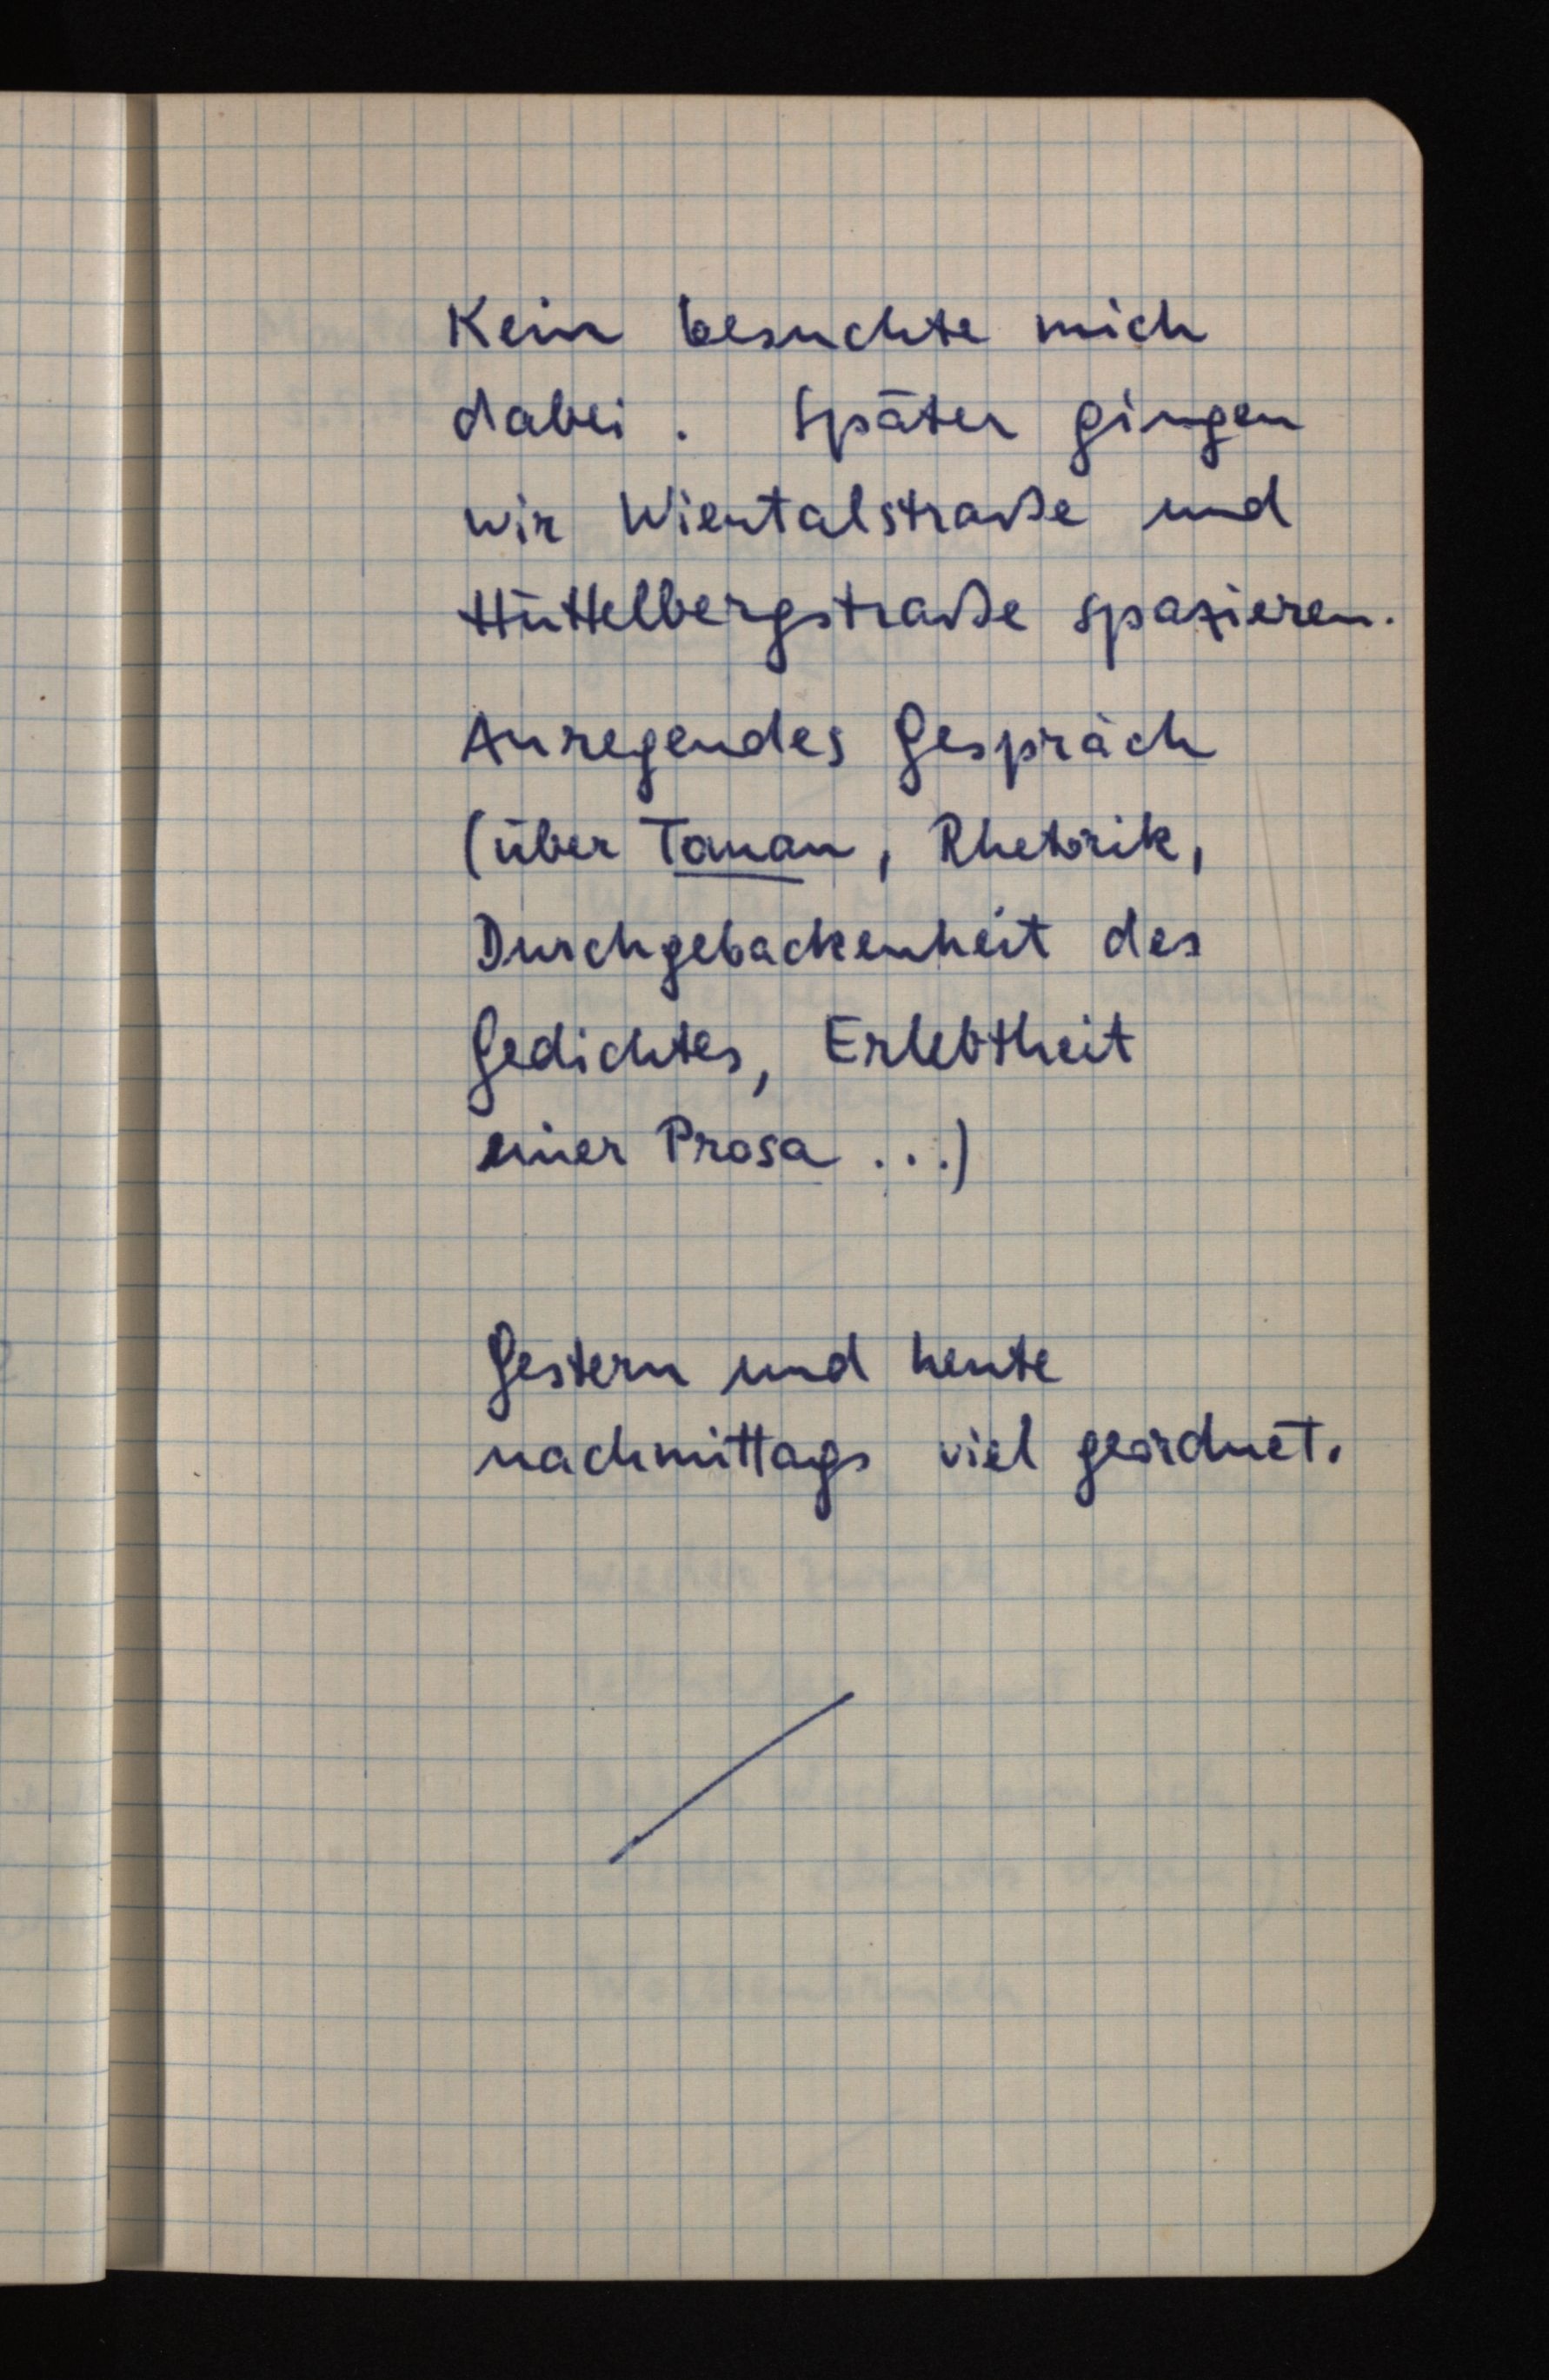
Kein besuchte mich
dabei. Später gingen
wir Wientalstraße und
Hüttelbergstraße spazieren.
Anregendes Gespräch
(über Toman, Rhetorik,
Durchgebackenheit des
Gedichtes, Erlebtheit
einer Prosa ...)
Gestern und heute
nachmittags viel geordnet.